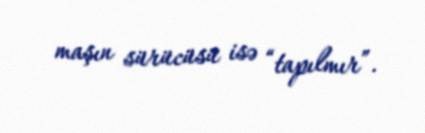
maşın sürücüsü isə “tapılmır”.